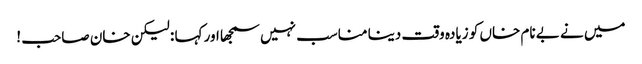
میں نے بے نام خاں کو زیادہ وقت دینا مناسب نہیں سمجھا اور کہا : لیکن خان صاحب !